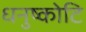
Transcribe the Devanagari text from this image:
धनुष्कोटि